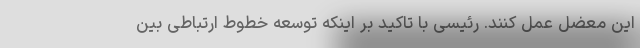
این معضل عمل کنند. رئیسی با تاکید بر اینکه توسعه خطوط ارتباطی بین